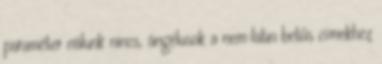
paraméter nálunk nincs, ángélusok a nem latin betűs címekhez